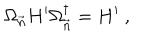
LaTeX: \Omega _ { \vec { n } } H ^ { \prime } \Omega _ { \vec { n } } ^ { \dagger } = H ^ { \prime } \ ,